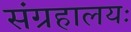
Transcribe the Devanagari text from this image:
संग्रहालयः